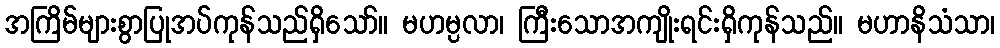
အကြိမ်များစွာပြုအပ်ကုန်သည်ရှိသော်။ မဟမ္ပလာ၊ ကြီးသောအကျိုးရင်းရှိကုန်သည်။ မဟာနိသံသာ၊